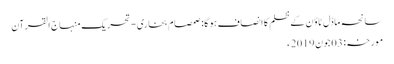
سانحہ ماڈل ٹاؤن کے ظلم کا انصاف ہو گا: صمصام بخاری - تحریک منہاج القرآن
مورخہ: 03 جون 2019ء